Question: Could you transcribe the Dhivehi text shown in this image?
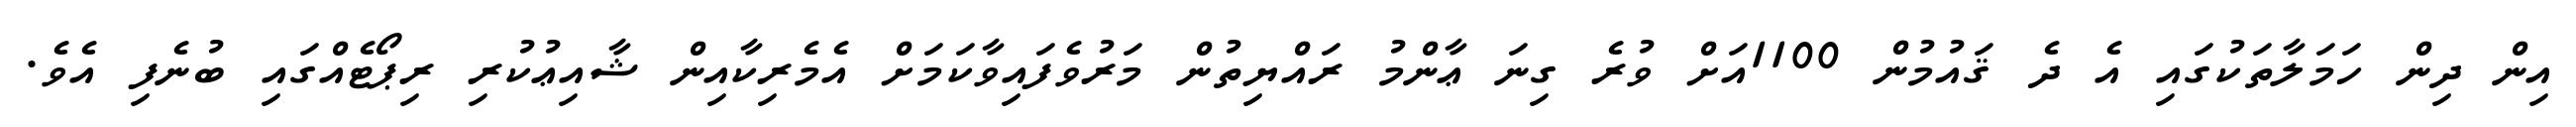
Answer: އިން ދިން ހަމަލާތަކުގައި އެ ދެ ޤައުމުން 1100އަށް ވުރެ ގިނަ ޢާންމު ރައްޔިތުން މަރުވެފައިވާކަމަށް އެމެރިކާއިން ޝާއިޢުކުރި ރިޕޯޓެއްގައި ބުނެފި އެވެ.